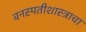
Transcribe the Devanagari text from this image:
वनस्पतीशास्त्राचा